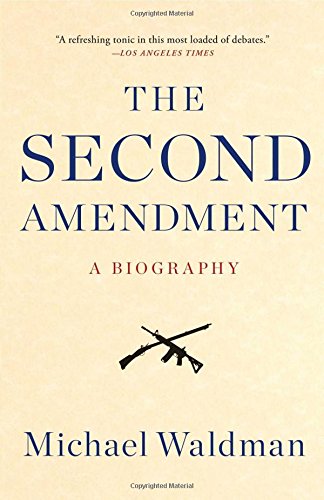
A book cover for The Second Amendment: A Biography; Michael Waldman; Law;